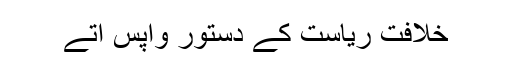
خلافت ریاست کے دستور واپس اتے